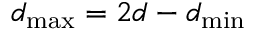
d _ { \operatorname* { m a x } } = 2 d - d _ { \operatorname* { m i n } }